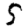
Digit: 5